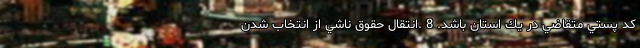
كد پستي متقاضي در يك استان باشد. 8 .انتقال حقوق ناشي از انتخاب شدن